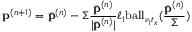
\mathbf { p } ^ { ( n + 1 ) } = \bar { \mathbf { p } } ^ { ( n ) } - \Sigma \frac { \bar { \mathbf { p } } ^ { ( n ) } } { | \bar { \mathbf { p } } ^ { ( n ) } | } \ell _ { 1 } \mathrm { b a l l } _ { \nu _ { 1 } { t } _ { x } } ( \frac { \bar { \mathbf { p } } ^ { ( n ) } } { \Sigma } )